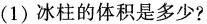
(1)冰柱的体积是多少?